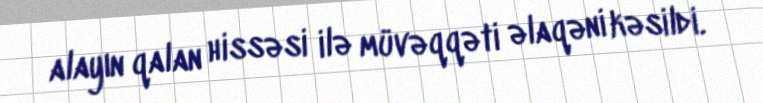
alayın qalan hissəsi ilə müvəqqəti əlaqəni kəsildi.